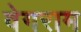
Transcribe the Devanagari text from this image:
वेगराम